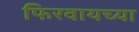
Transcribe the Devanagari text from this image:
फिरवायच्या